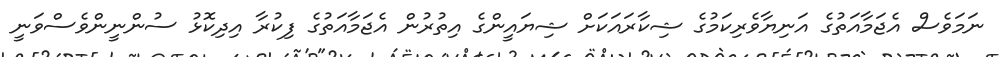
ނަމަވެސް އެޖަމާއަތުގެ އަނިޔާވެރިކަމުގެ ޝިކާރައަކަށް ޝިޔައީންގެ އިތުރުން އެޖަމާއަތުގެ ފިކުރާ އިދިކޮޅު ސުންނީންވެސްވަނީ